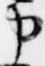
申